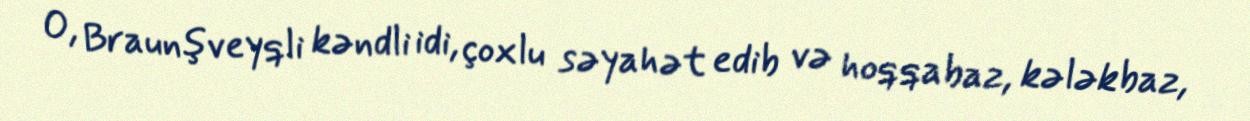
O, Braunşveyqli kəndli idi, çoxlu səyahət edib və hoqqabaz, kələkbaz,